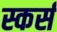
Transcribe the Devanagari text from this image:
स्कर्स